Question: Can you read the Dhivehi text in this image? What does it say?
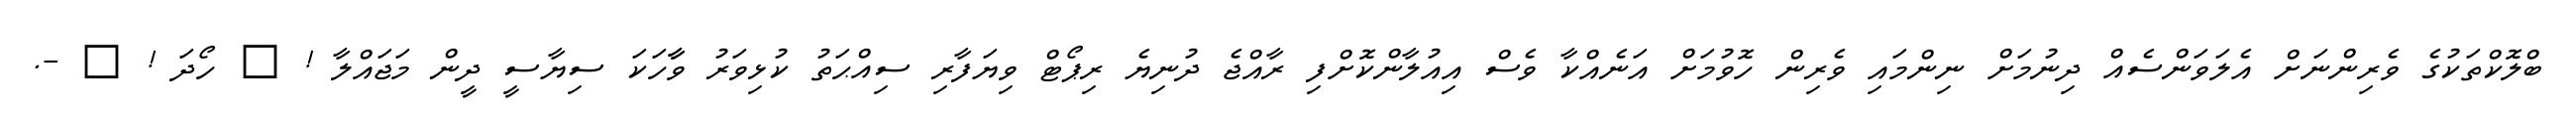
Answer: ބްލޮކްތަކުގެ ވެރިންނަށް އެލަވަންސެއް ދިނުމަށް ނިންމައި ވެރިން ހޮވުމަށް އަނެއްކާ ވެސް އިއުލާންކޮށްފި ރާއްޖެ ދުނިޔެ ރިޕޯޓް ވިޔަފާރި ސިއްޙަތު ކުޅިވަރު ވާާހަކަ ސިޔާސީ ދީން މަޖައްލާ ! ? ހޯދަ ! ? -.